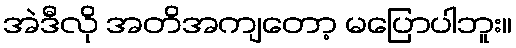
အဲဒီလို အတိအကျတော့ မပြောပါဘူး။